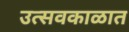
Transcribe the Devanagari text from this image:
उत्सवकाळात